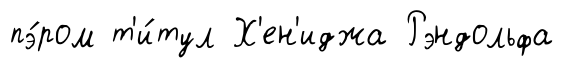
пэ́ром т'и́тул Х'ен'иджа Рэндольфа